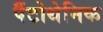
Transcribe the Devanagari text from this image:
पैंटोथेनिक